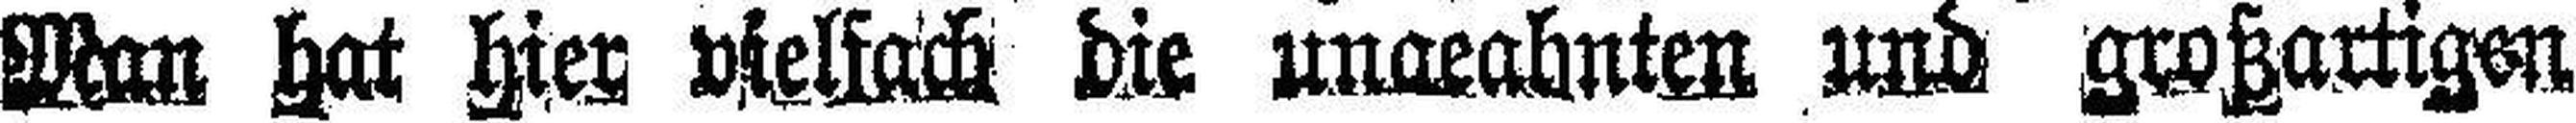
Man hat hier vielfach die ungeahnten und großartigen